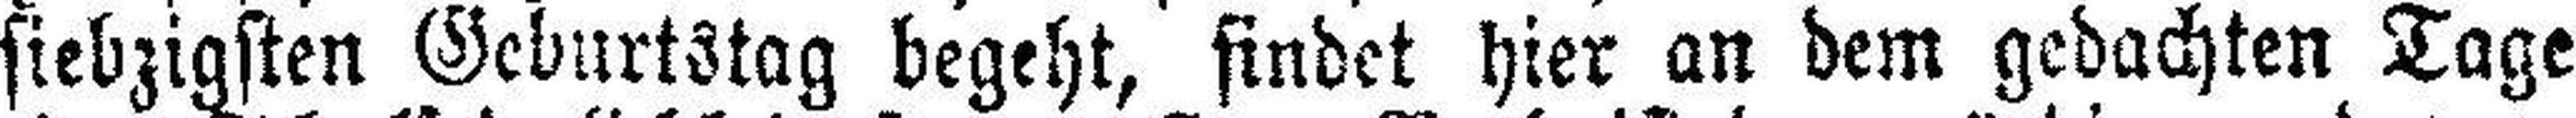
siebzigsten Geburtstag begeht, findet hier an dem gedachten Tage